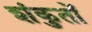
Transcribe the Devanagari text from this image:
शंकुतों